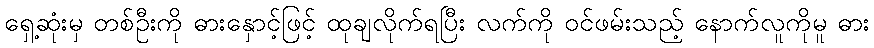
ရှေ့ဆုံးမှ တစ်ဦးကို ဓားနှောင့်ဖြင့် ထုချလိုက်ရပြီး လက်ကို ဝင်ဖမ်းသည့် နောက်လူကိုမူ ဓား